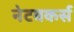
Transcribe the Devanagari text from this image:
नेटवकर्स